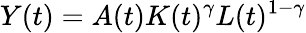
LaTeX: Y(t)=A(t)K(t)^{\gamma}L(t)^{1-\gamma}